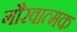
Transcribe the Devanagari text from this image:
गौरवात्मक